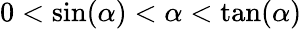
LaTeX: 0<\sin(\alpha)<\alpha<\tan(\alpha)